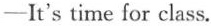
——It's time for class.